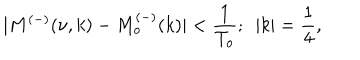
| M ^ { ( - ) } ( \nu , k ) - M _ { o } ^ { ( - ) } ( k ) | < \frac { 1 } { T _ { o } } ; ~ ~ | k | = \frac { 1 } { 4 } ,